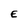
Character: E